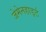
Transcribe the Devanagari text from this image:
जेमेनहार्ड्ट